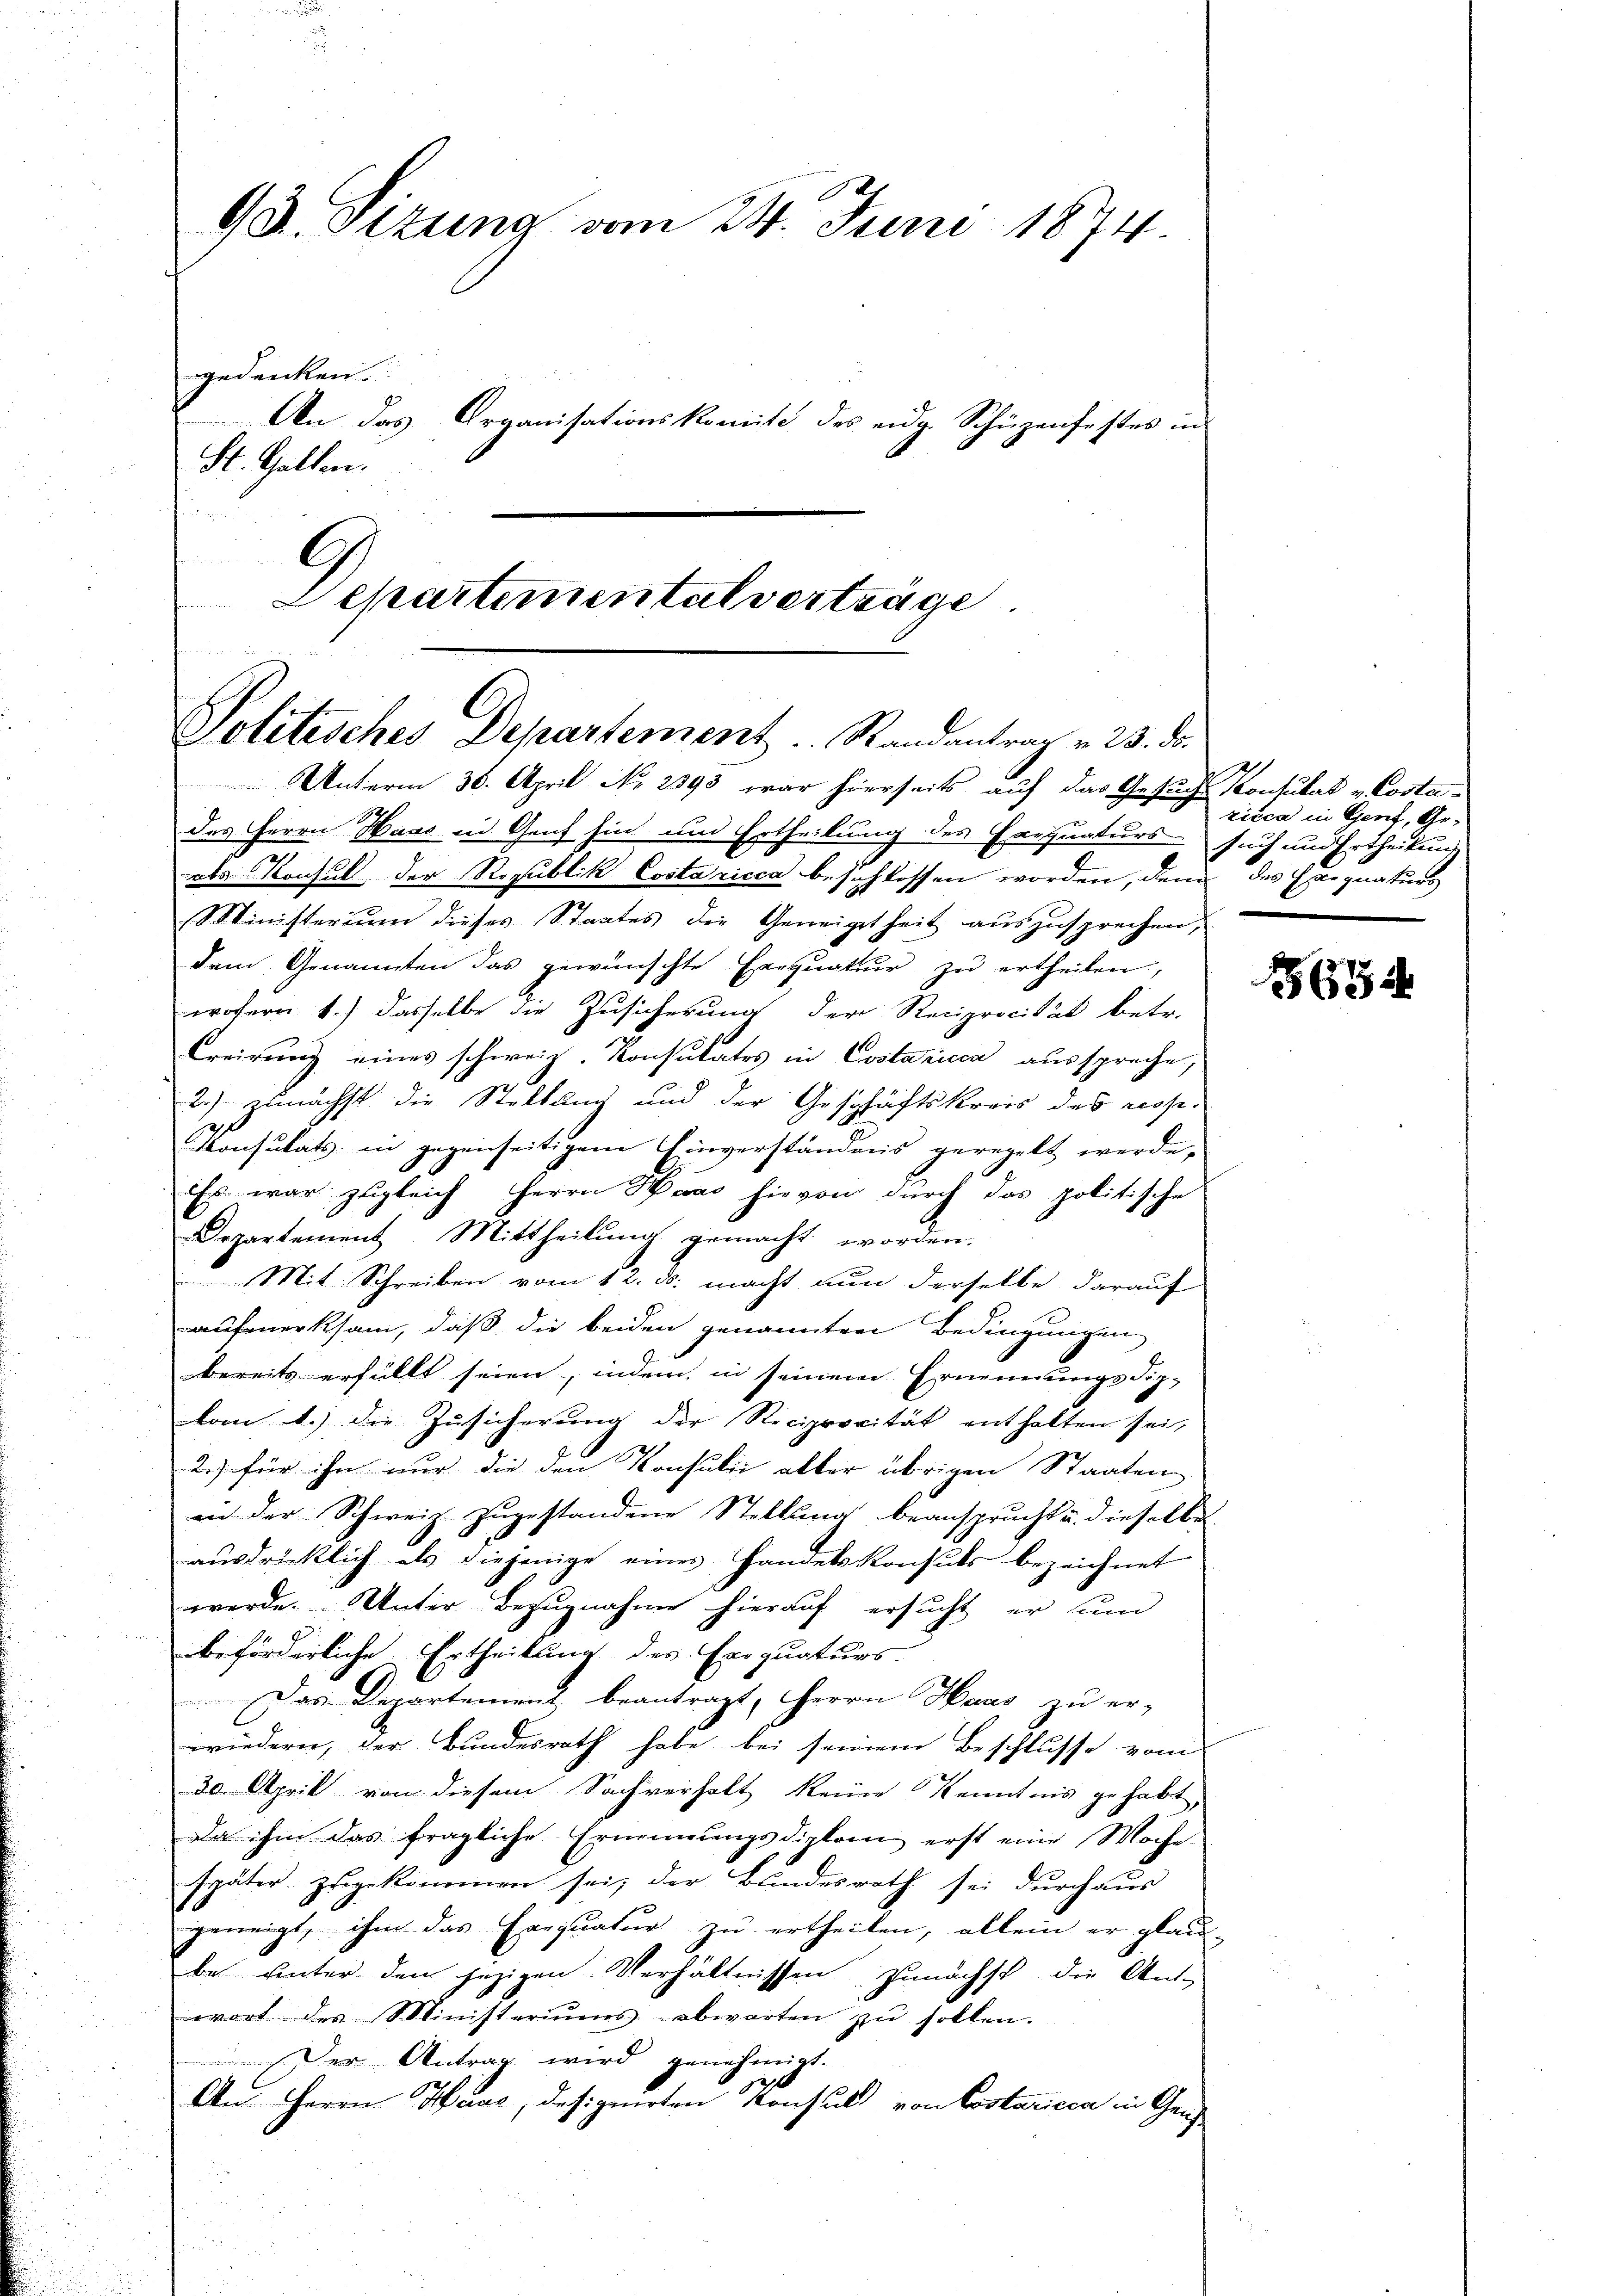
93. Sizung vom 24. Juni 1874.
gedenken.

An das Organisationskomite des eidg. Schüzenfestes in
St. Gallen.

C
n

d

Departementalverträge
Politisches Departement ..  Randantrag v. 23. ds.
Unterm 30. April No 2393 war hierseits auf das Gesuchs Konsulat v. Costa¬

des Herrn Haas in Genf hin und Ertheilung des Exequaturs such und Ertheilung
als Konsul der Republik Costaricca beschlossen worden, den des Haignaturs
Ministerium dieses Staates die Geneigtheit auszusprechen,
dem Genannten das gewünschte Exequatur zu ertheilen,
wofern 1) dasselbe die Zusicherung der Reciprocität betr.
Creizung eines schweiz. Konsulates in Costanicca ausspreche,
2.) zunächst die Stellung und der Geschäftskreis des nos-
Konsulats in gegenseitigem Einverständnis geregelt werde,
Es war zugleich Herrn Haas hievon durch das politische
Departement. Mittheilung gemacht worden.
Mit Schreiben vom 12. ds. macht nun derselbe darauf
aufmerksam, daß die beiden genannten Bedingungen
bereits erfüllt seien, indem in seinem Ernennungsdip-
vom 1.) die Zusicherung der Reciprocität enthalten sei,
2.) für ihm nur die den Konsulii aller übrigen Staaten
in der Schweiz zugestandene Stellung beansprucht u. dieselbe
ausdrücklich als diejenige eines Handelskonsuls bezeichnet
werde. Unter Bezugnahme hierauf ersucht, er un
beförderliche Ertheilung des Erequaturs-
Das Departement, beantragt, Herrn Haas zu er-
wiedern, der Bundesrath habe bei seinem Beschlusse vom
30. April von diesem Sachverholt keine Kenntnis gehabt,
Da ihm das fragliche Ernennungsdiplom erst eine Woche
später zugekommen sei, der Bundesrath sei durchaus
geneigt, ihm das Exequatur zu ertheilen, allein er glau-
be unter den jezigen Verhältnissen zunächst die Ant-
wort des Ministeriums abwarten zŭ sollen.
Der Antrag wird genehmigt.
An. Herrn Haar, designirten Konsul von Costaricca in Gen

Licca in Genf, Ge-

654